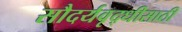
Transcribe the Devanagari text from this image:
सौदर्यवृद्धीसाठी